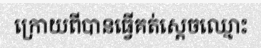
ក្រោយពីបានធ្វើគត់ស្តេចឈ្មោះ